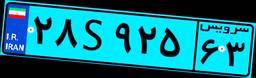
۲۸S۹۲۵۶۳